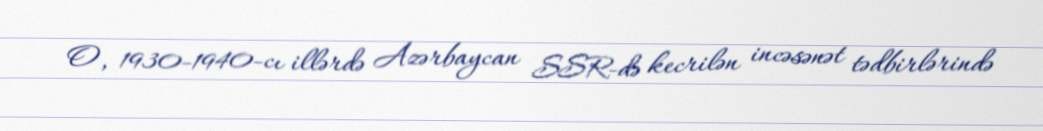
O, 1930-1940-cı illərdə Azərbaycan SSR-də kecrilən incəsənət tədbirlərində